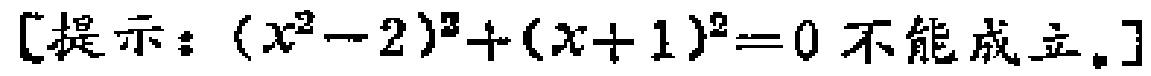
[提示：\((x^{2}-2)^{2}+(x + 1)^{2}=0\)不能成立。]